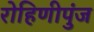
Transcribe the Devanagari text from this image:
रोहिणीपुंज